65_HS1-834228961_62-HQ-83894_Section_10
Agency: FBI
Page 33
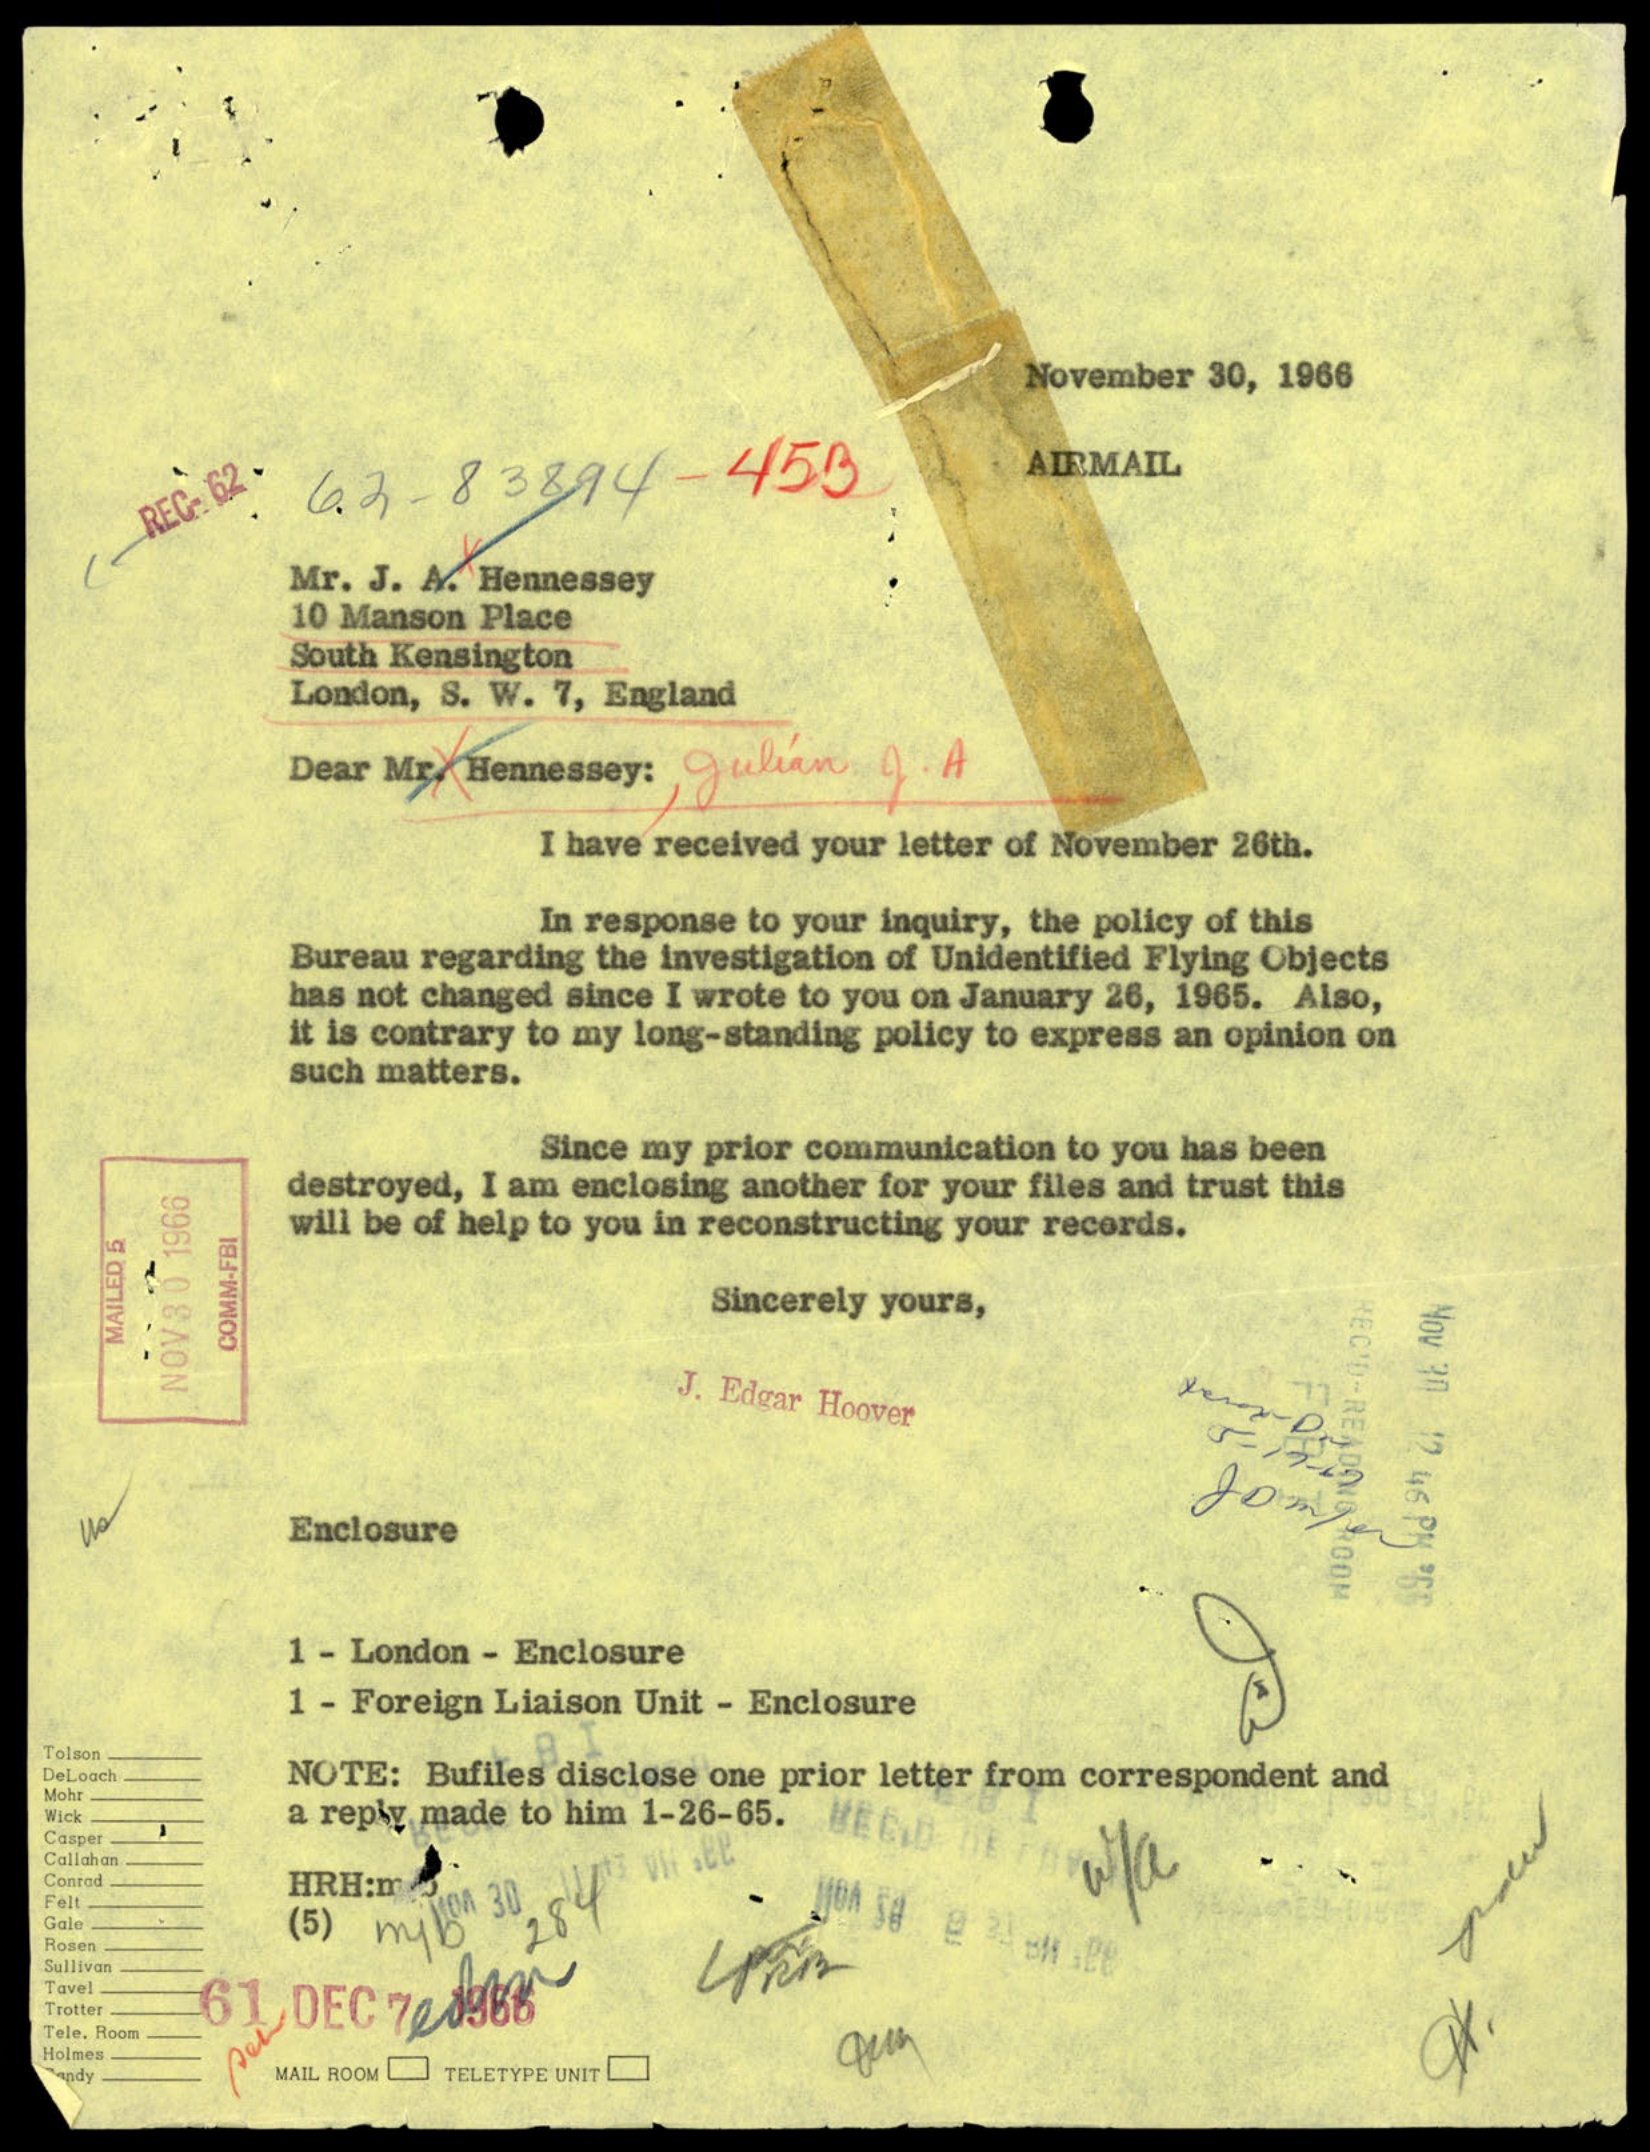